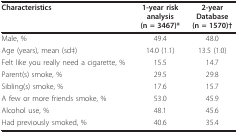
| Characteristics | 1-year riskanalysis(n = 3467)* | 2-yearDatabase(n = 1570)† |
 | --- | --- | --- |
 | Male, % | 49.4 | 48.0 |
 | Age (years), mean (sd‡) | 14.0 (1.1) | 13.5 (1.0) |
 | Felt like you really need a cigarette, % | 15.5 | 14.7 |
 | Parent(s) smoke, % | 29.5 | 29.8 |
 | Sibling(s) smoke, % | 17.6 | 15.7 |
 | A few or more friends smoke, % | 53.0 | 45.9 |
 | Alcohol use, % | 48.1 | 45.6 |
 | Had previously smoked, % | 40.6 | 35.4 |